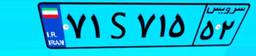
۲۴S۴۴۰۰۶